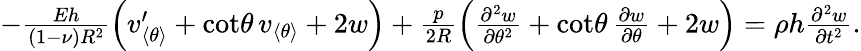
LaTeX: \begin{array}{r}{-\frac{Eh}{(1-\nu)R^{2}}{\Big(v_{\langle\theta\rangle}^{\prime}+\cot\! \theta\, v_{\langle\theta\rangle}+2w\Big)}+\frac{p}{2R}\Big(\frac{\partial^{2}w}{\partial\theta^{2}}+\cot\! \theta\, \frac{\partial w}{\partial\theta}+2w\Big)=\rho h\frac{\partial^{2}w}{\partial t^{2}}.}\end{array}